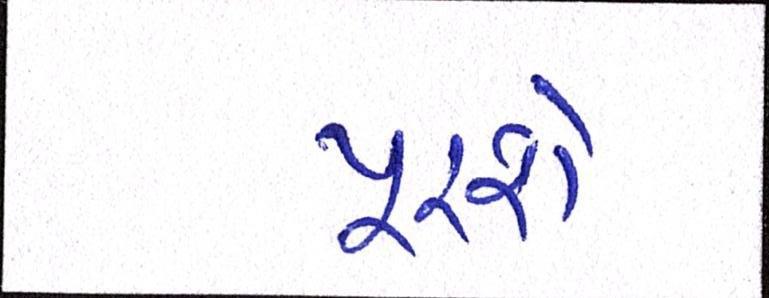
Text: પૂરશે